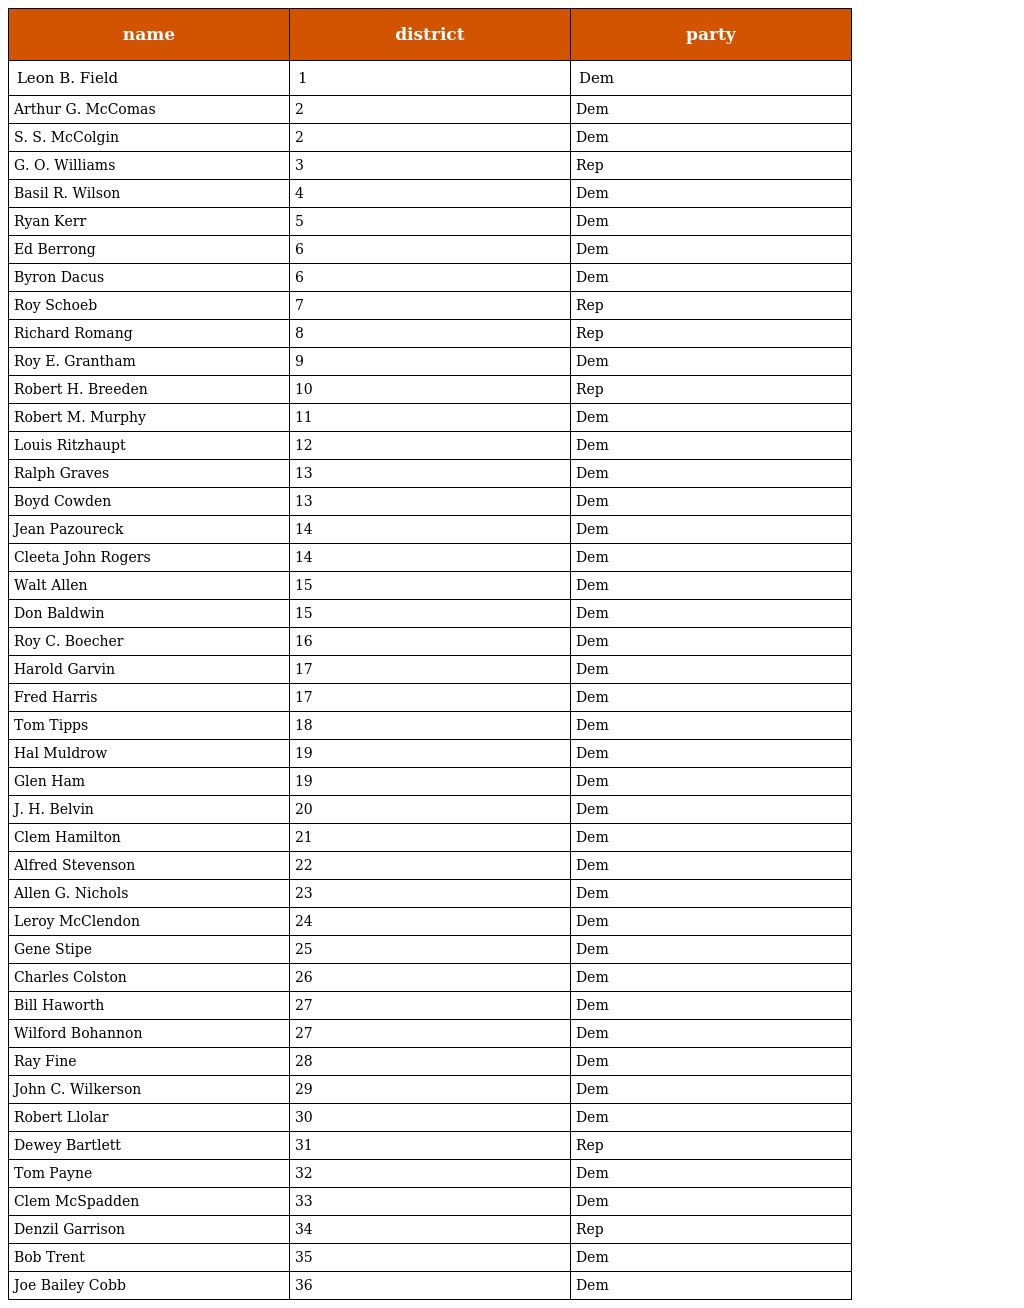
| name | district | party |
 | --- | --- | --- |
 | Leon B. Field | 1 | Dem |
 | Arthur G. McComas | 2 | Dem |
 | S. S. McColgin | 2 | Dem |
 | G. O. Williams | 3 | Rep |
 | Basil R. Wilson | 4 | Dem |
 | Ryan Kerr | 5 | Dem |
 | Ed Berrong | 6 | Dem |
 | Byron Dacus | 6 | Dem |
 | Roy Schoeb | 7 | Rep |
 | Richard Romang | 8 | Rep |
 | Roy E. Grantham | 9 | Dem |
 | Robert H. Breeden | 10 | Rep |
 | Robert M. Murphy | 11 | Dem |
 | Louis Ritzhaupt | 12 | Dem |
 | Ralph Graves | 13 | Dem |
 | Boyd Cowden | 13 | Dem |
 | Jean Pazoureck | 14 | Dem |
 | Cleeta John Rogers | 14 | Dem |
 | Walt Allen | 15 | Dem |
 | Don Baldwin | 15 | Dem |
 | Roy C. Boecher | 16 | Dem |
 | Harold Garvin | 17 | Dem |
 | Fred Harris | 17 | Dem |
 | Tom Tipps | 18 | Dem |
 | Hal Muldrow | 19 | Dem |
 | Glen Ham | 19 | Dem |
 | J. H. Belvin | 20 | Dem |
 | Clem Hamilton | 21 | Dem |
 | Alfred Stevenson | 22 | Dem |
 | Allen G. Nichols | 23 | Dem |
 | Leroy McClendon | 24 | Dem |
 | Gene Stipe | 25 | Dem |
 | Charles Colston | 26 | Dem |
 | Bill Haworth | 27 | Dem |
 | Wilford Bohannon | 27 | Dem |
 | Ray Fine | 28 | Dem |
 | John C. Wilkerson | 29 | Dem |
 | Robert Llolar | 30 | Dem |
 | Dewey Bartlett | 31 | Rep |
 | Tom Payne | 32 | Dem |
 | Clem McSpadden | 33 | Dem |
 | Denzil Garrison | 34 | Rep |
 | Bob Trent | 35 | Dem |
 | Joe Bailey Cobb | 36 | Dem |